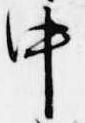
中